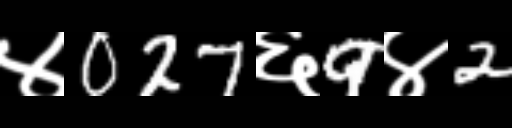
Text: ४027६9४2